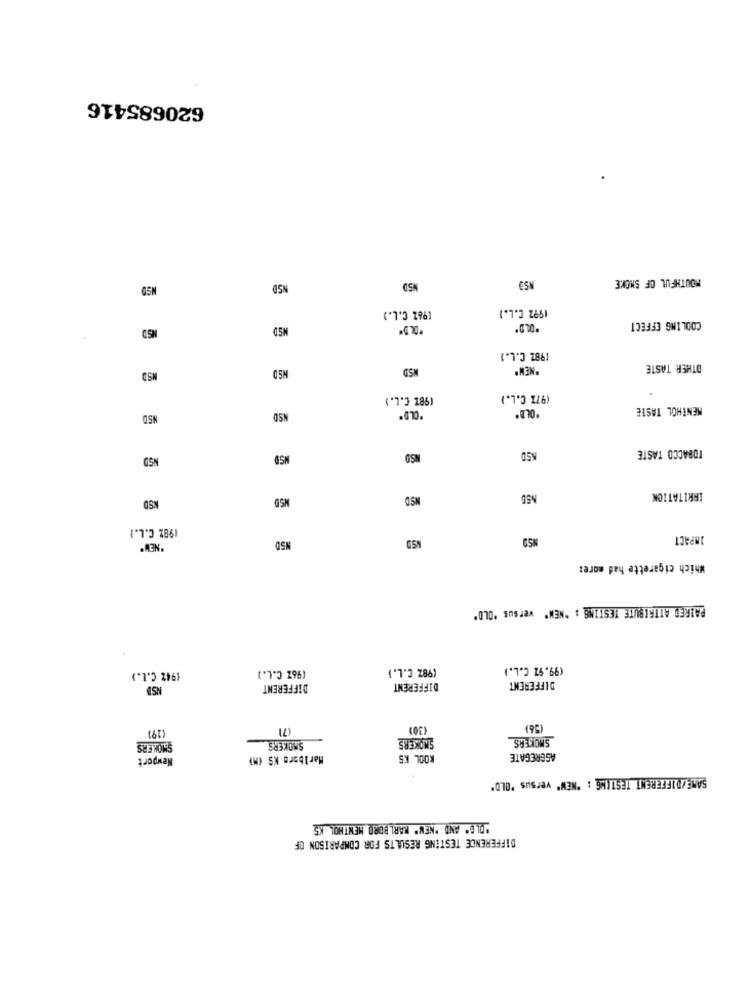
620685416
MOUTHFUL OF SMOKE
NSD
NSD
NSD
1992 C.L.)
[9%2 C.L.)
NSD
COOLING EFFECT
(982 C.L.)
NSD
NSD
"NEW"
OTHER TASTE
MSD
(987 C.L.)
(97% C.L.)
MENTHOL TASTE
NSD
NSD
"OLD"
"OLE"
TOBACCO TASTE
NSD
NSD
NSD
KSD
NSD
NSD
NSD
IRRITATION
198% C.L.I
NSD
IMPACT
NSD
Which cigarette had more:
PAIRED ATTRIBUTE TESTING : "NEW" versus "OLD"
(967 C.L.)
(98% C.L. )
(99.97 C.L.)
(942 C.L.)
DIFFERENT
DIFFERENT
DIFFERENT
(19)
(7)
(30)
(56)
SMOKERS
SMOKERS
SMOKERS
SMOKERS
Newport
Marlboro KS CM)
KOOL KS
AGGREGATE
SAME /DIFFERENT TESTING : "NEW" versus "OLD"
"OLD" AND "NEW" MARLBORO MENTHOL KS
DIFFERENCE TESTING RESULTS FOR COMPARISON OF